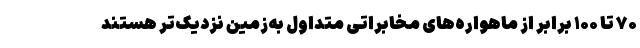
۷۰ تا ۱۰۰ برابر از ماهواره‌های مخابراتی متداول به‌زمین نزدیک‌تر هستند